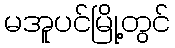
မအူပင်မြို့တွင်